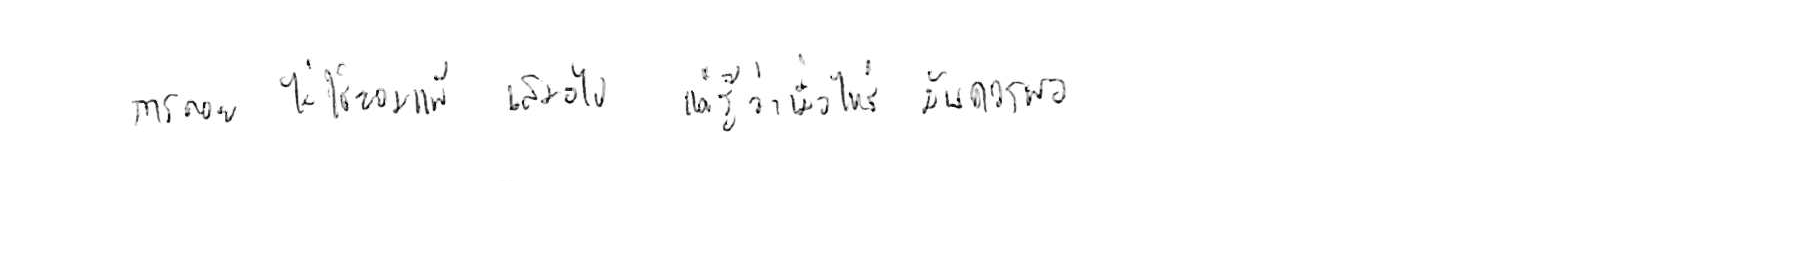
การถอย ไม่ใช่ยอมแพ้ เสมอไป แค่รู้ว่าเมื่อไหร่ มันควรพอ